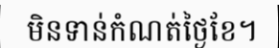
មិនទាន់កំណត់ថ្ងៃខែ។